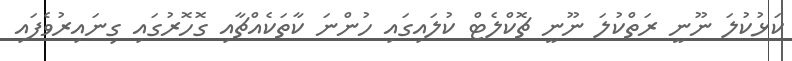
ކަޅުކުލަ ނޫނީ ރަތްކުލަ ނޫނީ ޗޮކްލެޓް ކުލައިގައި ހުންނަ ކާތަކެއްޗާއި ގޮހޮރުގައި ގިނައިރުވެފައި